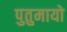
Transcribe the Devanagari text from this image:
पुतुमायो